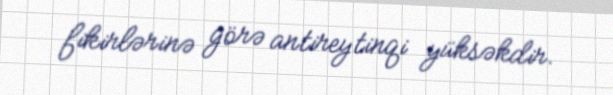
fikirlərinə görə antireytinqi yüksəkdir.